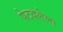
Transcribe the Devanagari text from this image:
पेटवलेला